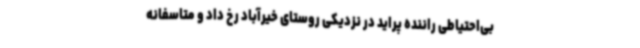
بی‌احتیاطی راننده پراید در نزدیکی روستای خیرآباد رخ داد و متاسفانه